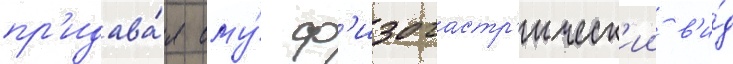
пр'идава́я ему́ ф'изогастр'ическ'ии в'и́д